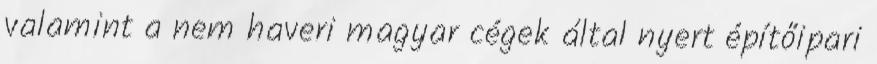
valamint a nem haveri magyar cégek által nyert építőipari